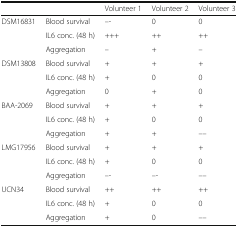
|  |  | Volunteer 1 | Volunteer 2 | Volunteer 3 |
 | --- | --- | --- | --- | --- |
 | <ROWSPAN=3> DSM16831 | Blood survival | –- | 0 | 0 |
 | IL6 conc. (48 h) | +++ | ++ | ++ |
 | Aggregation | – | + | – |
 | <ROWSPAN=3> DSM13808 | Blood survival | + | + | + |
 | IL6 conc. (48 h) | + | 0 | 0 |
 | Aggregation | 0 | + | 0 |
 | <ROWSPAN=3> BAA-2069 | Blood survival | + | + | + |
 | IL6 conc. (48 h) | + | 0 | 0 |
 | Aggregation | + | + | –-- |
 | <ROWSPAN=3> LMG17956 | Blood survival | + | + | + |
 | IL6 conc. (48 h) | + | 0 | 0 |
 | Aggregation | –- | –- | –-- |
 | <ROWSPAN=3> UCN34 | Blood survival | ++ | ++ | ++ |
 | IL6 conc. (48 h) | + | 0 | 0 |
 | Aggregation | + | 0 | –-- |